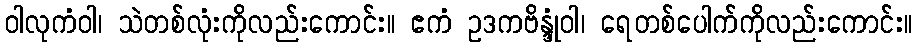
ဝါလုကံဝါ၊ သဲတစ်လုံးကိုလည်းကောင်း။ ဧကံ ဥဒကဗိန္ဒုံဝါ၊ ရေတစ်ပေါက်ကိုလည်းကောင်း။